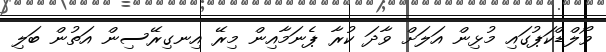
ވޯލްޑްކަޕުގައި މުޅިން އަލަށް ވާދަ ކުރާ ޕެނަމާއިން މިރޭ އިނގިރޭސިން އަތުން ބަލި